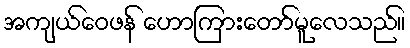
အကျယ်ဝေဖန် ဟောကြားတော်မူလေသည်။